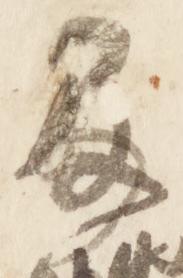
及